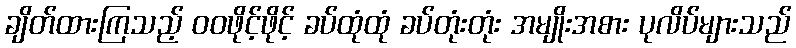
ချိတ်ထားကြသည့် ဝဝဖိုင့်ဖိုင့် ခပ်ထုံထုံ ခပ်တုံးတုံး အမျိုးအစား ပုလိပ်များသည်